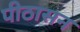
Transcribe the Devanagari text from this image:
पीठासन